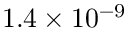
1 . 4 \times 1 0 ^ { - 9 }